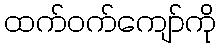
ထက်ဝက်ကျော်ကို